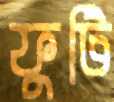
ফুটি